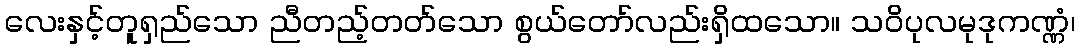
လေးနှင့်တူရှည်သော ညီတည့်တတ်သော စွယ်တော်လည်းရှိထသော။ သဝိပုလမုဒုကဏ္ဏံ၊